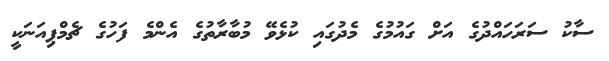
ސާކު ސަރަހައްދުގެ އަށް ގައުމުގެ މެދުގައި ކުޅެވޭ މުބާރާތުގެ އެންމެ ފަހުގެ ޗެމްޕިއަނަކީ